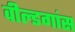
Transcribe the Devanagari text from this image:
वील्डगांस